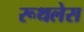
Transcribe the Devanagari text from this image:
रूथलेस